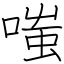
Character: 嗤